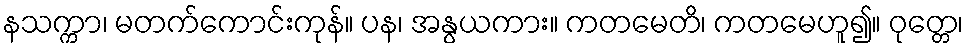
နသက္ကာ၊ မတက်ကောင်းကုန်။ ပန၊ အနွယကား။ ကတမေတိ၊ ကတမေဟူ၍။ ဝုတ္တေ၊